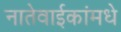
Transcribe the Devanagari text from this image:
नातेवाईकांमधे